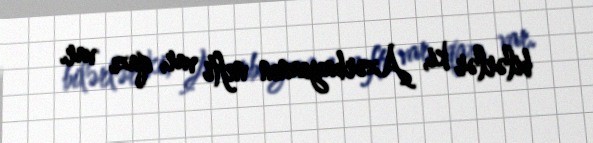
bilərlər ki, Azərbaycanın nefti var, qazı var.